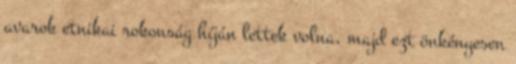
avarok etnikai rokonság híján lettek volna, majd ezt önkényesen